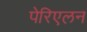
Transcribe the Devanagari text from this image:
पेरिएलन